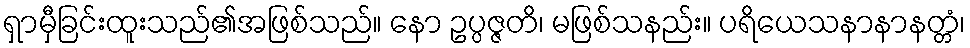
ရှာမှီခြင်းထူးသည်၏အဖြစ်သည်။ နော ဥပ္ပဇ္ဇတိ၊ မဖြစ်သနည်း။ ပရိယေသနာနာနတ္တံ၊